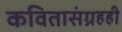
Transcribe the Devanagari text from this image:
कवितासंग्रहही